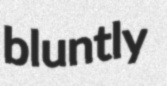
bluntly